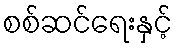
စစ်ဆင်ရေးနှင့်